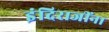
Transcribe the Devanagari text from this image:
इंदिराजींना